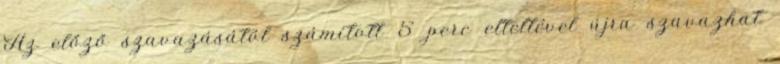
Az előző szavazásától számított 5 perc elteltével újra szavazhat